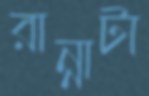
রান্নাটা